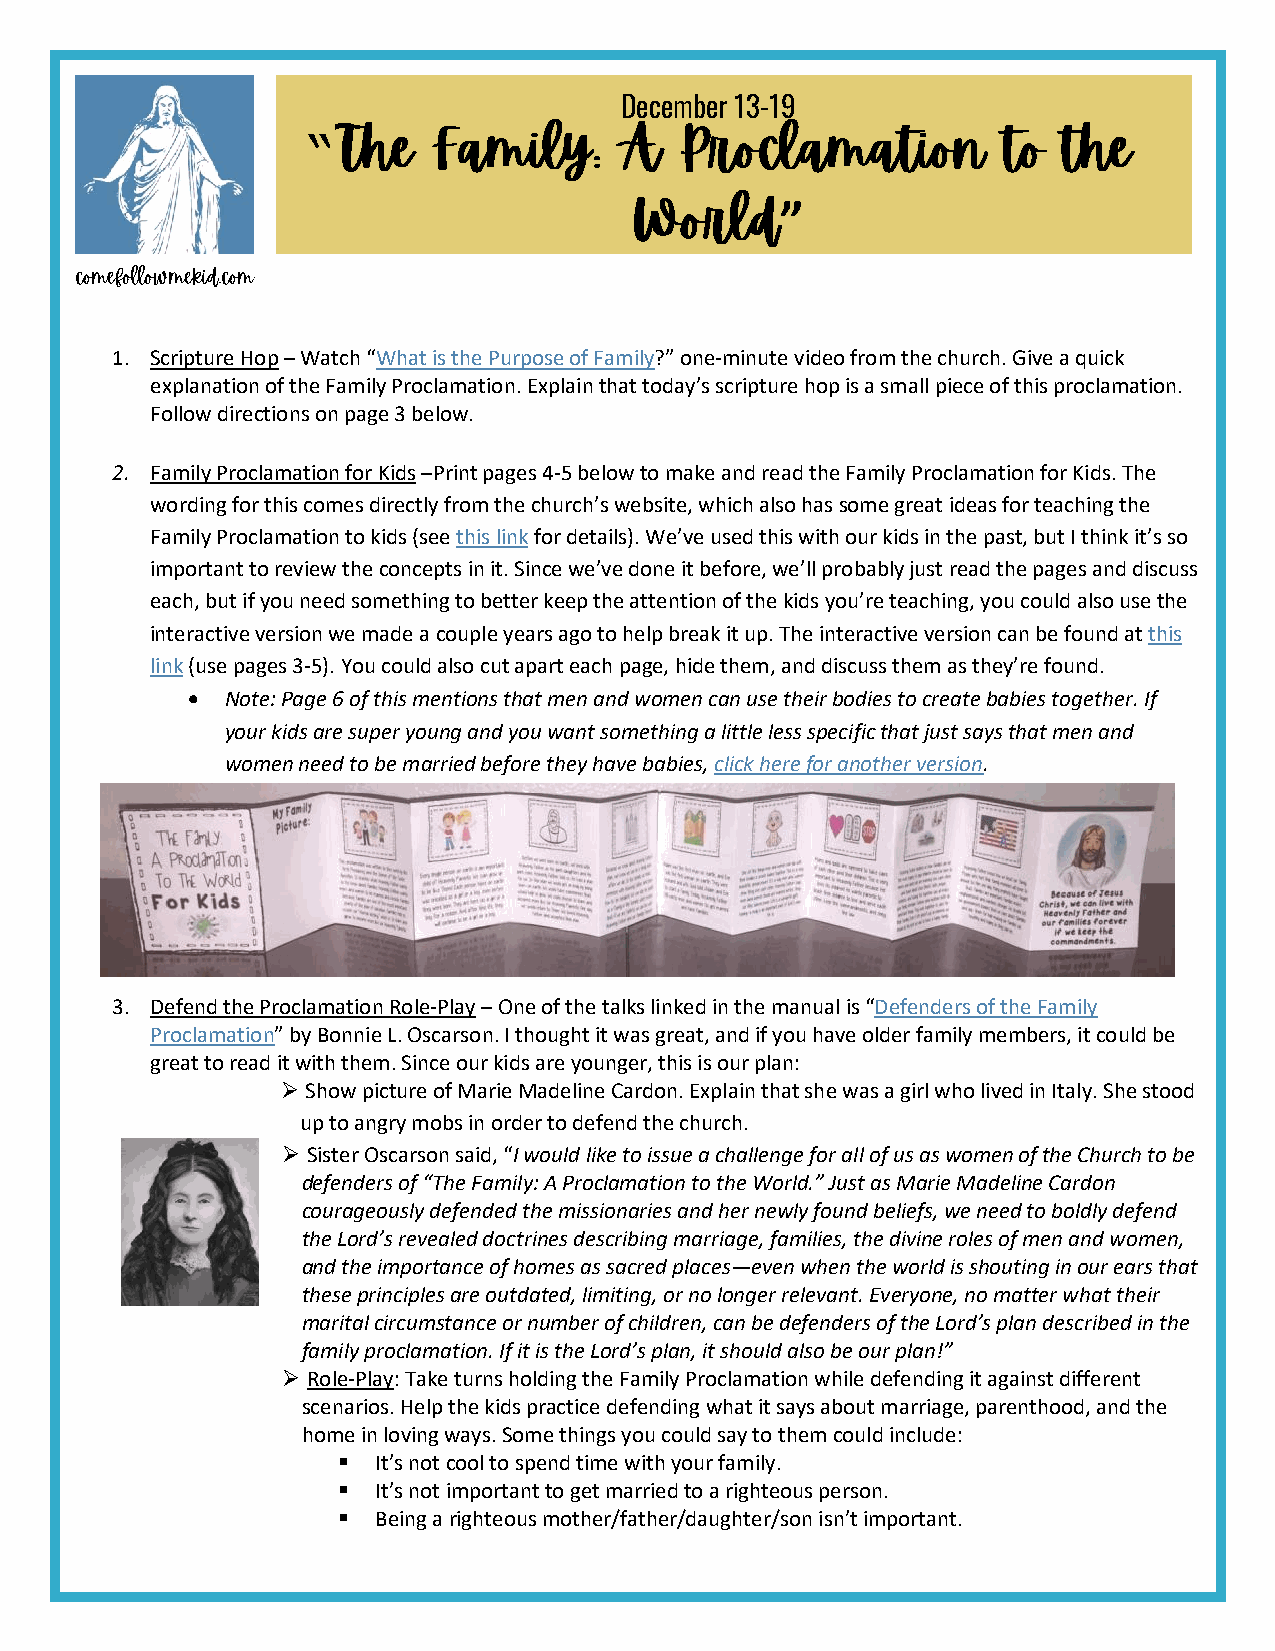
December 13-19
 “
 ”
 1. Scripture Hop – Watch “What is the Purpose of Family?” one-minute video from the church. Give a quick
 explanation of the Family Proclamation. Explain that today’s scripture hop is a small piece of this proclamation.
 Follow directions on page 3 below.
 2. Family Proclamation for Kids –Print pages 4-5 below to make and read the Family Proclamation for Kids. The
 wording for this comes directly from the church’s website, which also has some great ideas for teaching the
 Family Proclamation to kids (see this link for details). We’ve used this with our kids in the past, but I think it’s so
 important to review the concepts in it. Since we’ve done it before, we’ll probably just read the pages and discuss
 each, but if you need something to better keep the attention of the kids you’re teaching, you could also use the
 interactive version we made a couple years ago to help break it up. The interactive version can be found at this
 link (use pages 3-5). You could also cut apart each page, hide them, and discuss them as they’re found.
 •  Note: Page 6 of this mentions that men and women can use their bodies to create babies together. If
 your kids are super young and you want something a little less specific that just says that men and
 women need to be married before they have babies, click here for another version.
 3. Defend the Proclamation Role-Play – One of the talks linked in the manual is “Defenders of the Family
 Proclamation” by Bonnie L. Oscarson. I thought it was great, and if you have older family members, it could be
 great to read it with them. Since our kids are younger, this is our plan:
 ➢ Show picture of Marie Madeline Cardon. Explain that she was a girl who lived in Italy. She stood
 up to angry mobs in order to defend the church.
 ➢ Sister Oscarson said, “I would like to issue a challenge for all of us as women of the Church to be
 defenders of “The Family: A Proclamation to the World.” Just as Marie Madeline Cardon
 courageously defended the missionaries and her newly found beliefs, we need to boldly defend
 the Lord’s revealed doctrines describing marriage, families, the divine roles of men and women,
 and the importance of homes as sacred places—even when the world is shouting in our ears that
 these principles are outdated, limiting, or no longer relevant. Everyone, no matter what their
 marital circumstance or number of children, can be defenders of the Lord’s plan described in the
 family proclamation. If it is the Lord’s plan, it should also be our plan!”
 ➢ Role-Play: Take turns holding the Family Proclamation while defending it against different
 scenarios. Help the kids practice defending what it says about marriage, parenthood, and the
 home in loving ways. Some things you could say to them could include:
 ▪  It’s not cool to spend time with your family.
 ▪  It’s not important to get married to a righteous person.
 ▪  Being a righteous mother/father/daughter/son isn’t important.